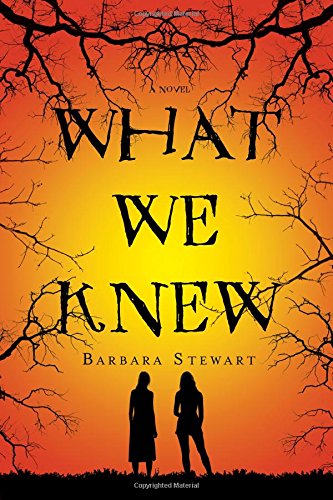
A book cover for What We Knew: A Novel; Barbara Stewart; Teen & Young Adult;